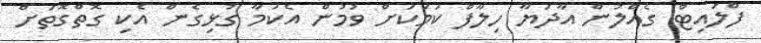
ފްލައިޓް ގެއްލުން އާދަޔާ ހިލާފް ކަމަކަށް ވުމުން އެކަމާ ގުޅިގެން އެކި ގޮތްގޮތަށް